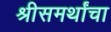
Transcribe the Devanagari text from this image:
श्रीसमर्थांचा